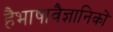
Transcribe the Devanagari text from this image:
हैभाषावैज्ञानिकों